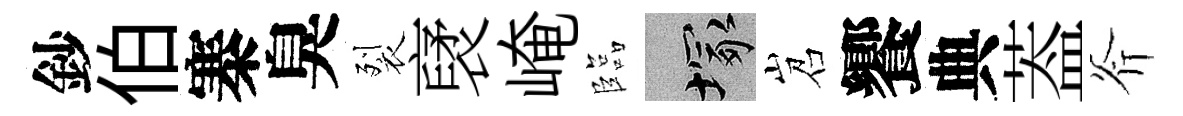
鈔伯寨臭裂裦崦臨塚岧饗典葢斧